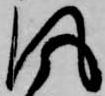
風